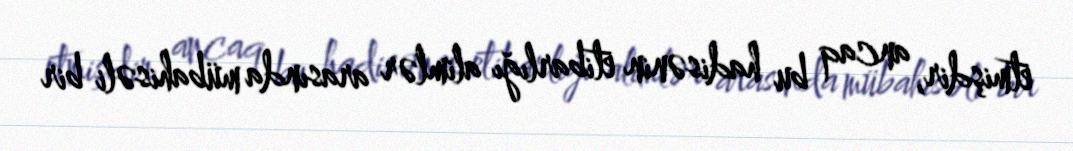
etmişdir, ancaq bu hadisənin etibarlığı alimlər arasında mübahisəli bir